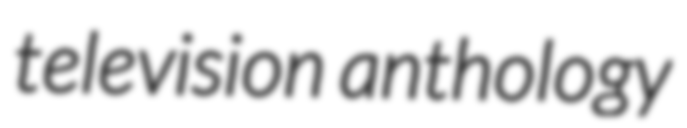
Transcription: television anthology